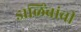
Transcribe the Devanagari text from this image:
डाळिंबांची